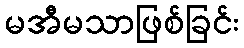
မအီမသာဖြစ်ခြင်း